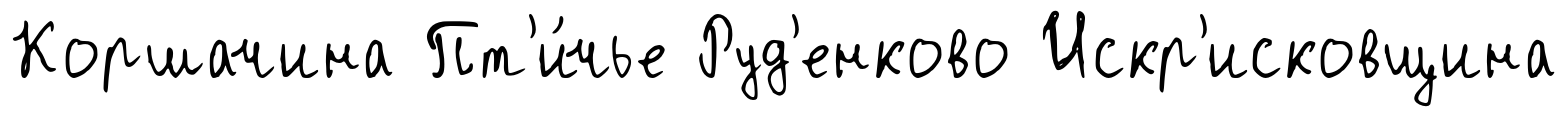
Коршачина Пт'и́чье Руд'енково Искр'исковщина